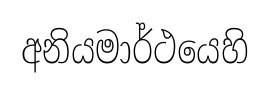
අනියමාර්ථයෙහි